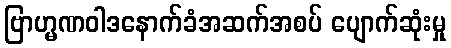
ဗြာဟ္မဏဝါဒနောက်ခံအဆက်အစပ် ပျောက်ဆုံးမှု